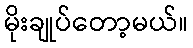
မိုးချုပ်တော့မယ်။